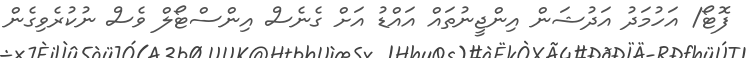
ފޮޓޯ/ އަހުމަދު އަދުޝަން އިންޖީނުތައް އައްޑު އަށް ގެނެސް އިންސްޓޯލް ވެސް ނުކުރެވިގެން